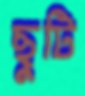
ছুটি